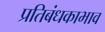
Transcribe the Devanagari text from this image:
प्रतिबंधकाभाव